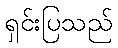
ရှင်းပြသည်